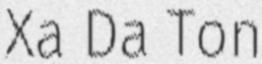
Xa Da Ton